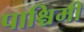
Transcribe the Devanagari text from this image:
पाश्चिमी